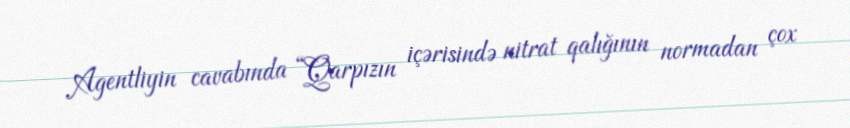
Agentliyin cavabında “Qarpızın içərisində nitrat qalığının normadan çox